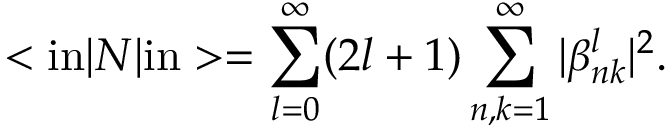
< { \mathrm { i n } } | N | { \mathrm { i n } } > = \sum _ { l = 0 } ^ { \infty } ( 2 l + 1 ) \sum _ { n , k = 1 } ^ { \infty } | \beta _ { n k } ^ { l } | ^ { 2 } .